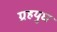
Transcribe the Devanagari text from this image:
ग्रहयुध